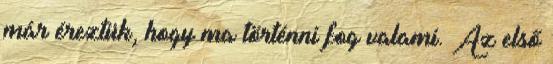
már éreztük, hogy ma történni fog valami. Az első